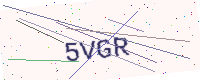
Text: 5VGR